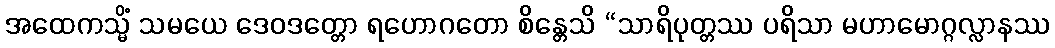
အထေကသ္မိံ သမယေ ဒေဝဒတ္တော ရဟောဂတော စိန္တေသိ “သာရိပုတ္တဿ ပရိသာ မဟာမောဂ္ဂလ္လာနဿ